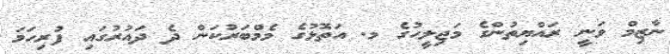
ނާޒިމް ވަނީ ރައްޔިތުންގެ މަޖިލީހުގެ މ. އަތޮޅުގެ މެމްބަރުކަން ދެ ދައުރުގައި ފުރިހަމަ